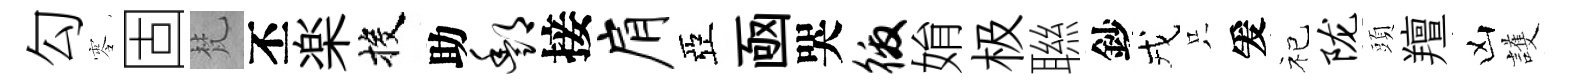
勾零固梵丕楽投助酆接肩亞凾哭徼姢极聮鈔戎只爰祀陇頭羶凶護